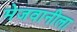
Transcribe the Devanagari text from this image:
मेजवानीला